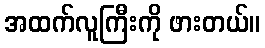
အထက်လူကြီးကို ဖားတယ်။